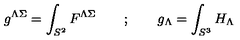
g ^ { \Lambda \Sigma } = \int _ { S ^ { 2 } } F ^ { \Lambda \Sigma } \qquad ; \qquad g _ { \Lambda } = \int _ { S ^ { 3 } } H _ { \Lambda }